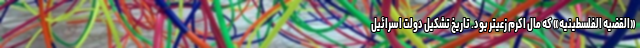
«القضیه الفلسطینیه» که مال اکرم زعیتر بود. تاریخ تشکیل دولت اسرائیل